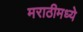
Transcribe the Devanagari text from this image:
मराठीमध्‍ये